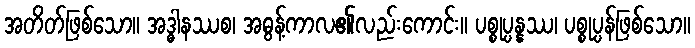
အတိတ်ဖြစ်သော။ အဒ္ဓါနဿစ၊ အဓွန့်ကာလ၏လည်းကောင်း။ ပစ္စုပ္ပန္နဿ၊ ပစ္စုပ္ပန်ဖြစ်သော။